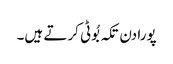
پورا دن تکہ بُوٹی کرتے ہیں۔